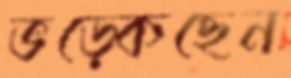
ভড়্‌কেছেন